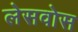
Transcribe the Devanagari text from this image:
लेसवोस